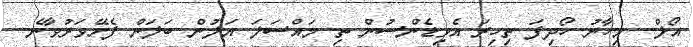
އޯލް.. މިހާރު ހޯދިފަ ތިހިރަ އެވިޑެންސުން ތި މައްސަލަ އަލުން ބަލަން ފެށޭވަރުވާނެ..